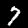
Digit: 7